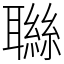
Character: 䏈